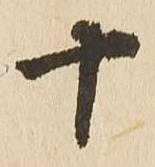
十